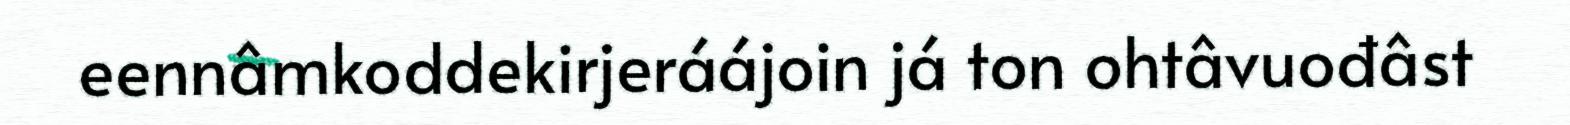
eennâmkoddekirjeráájoin já ton ohtâvuođâst